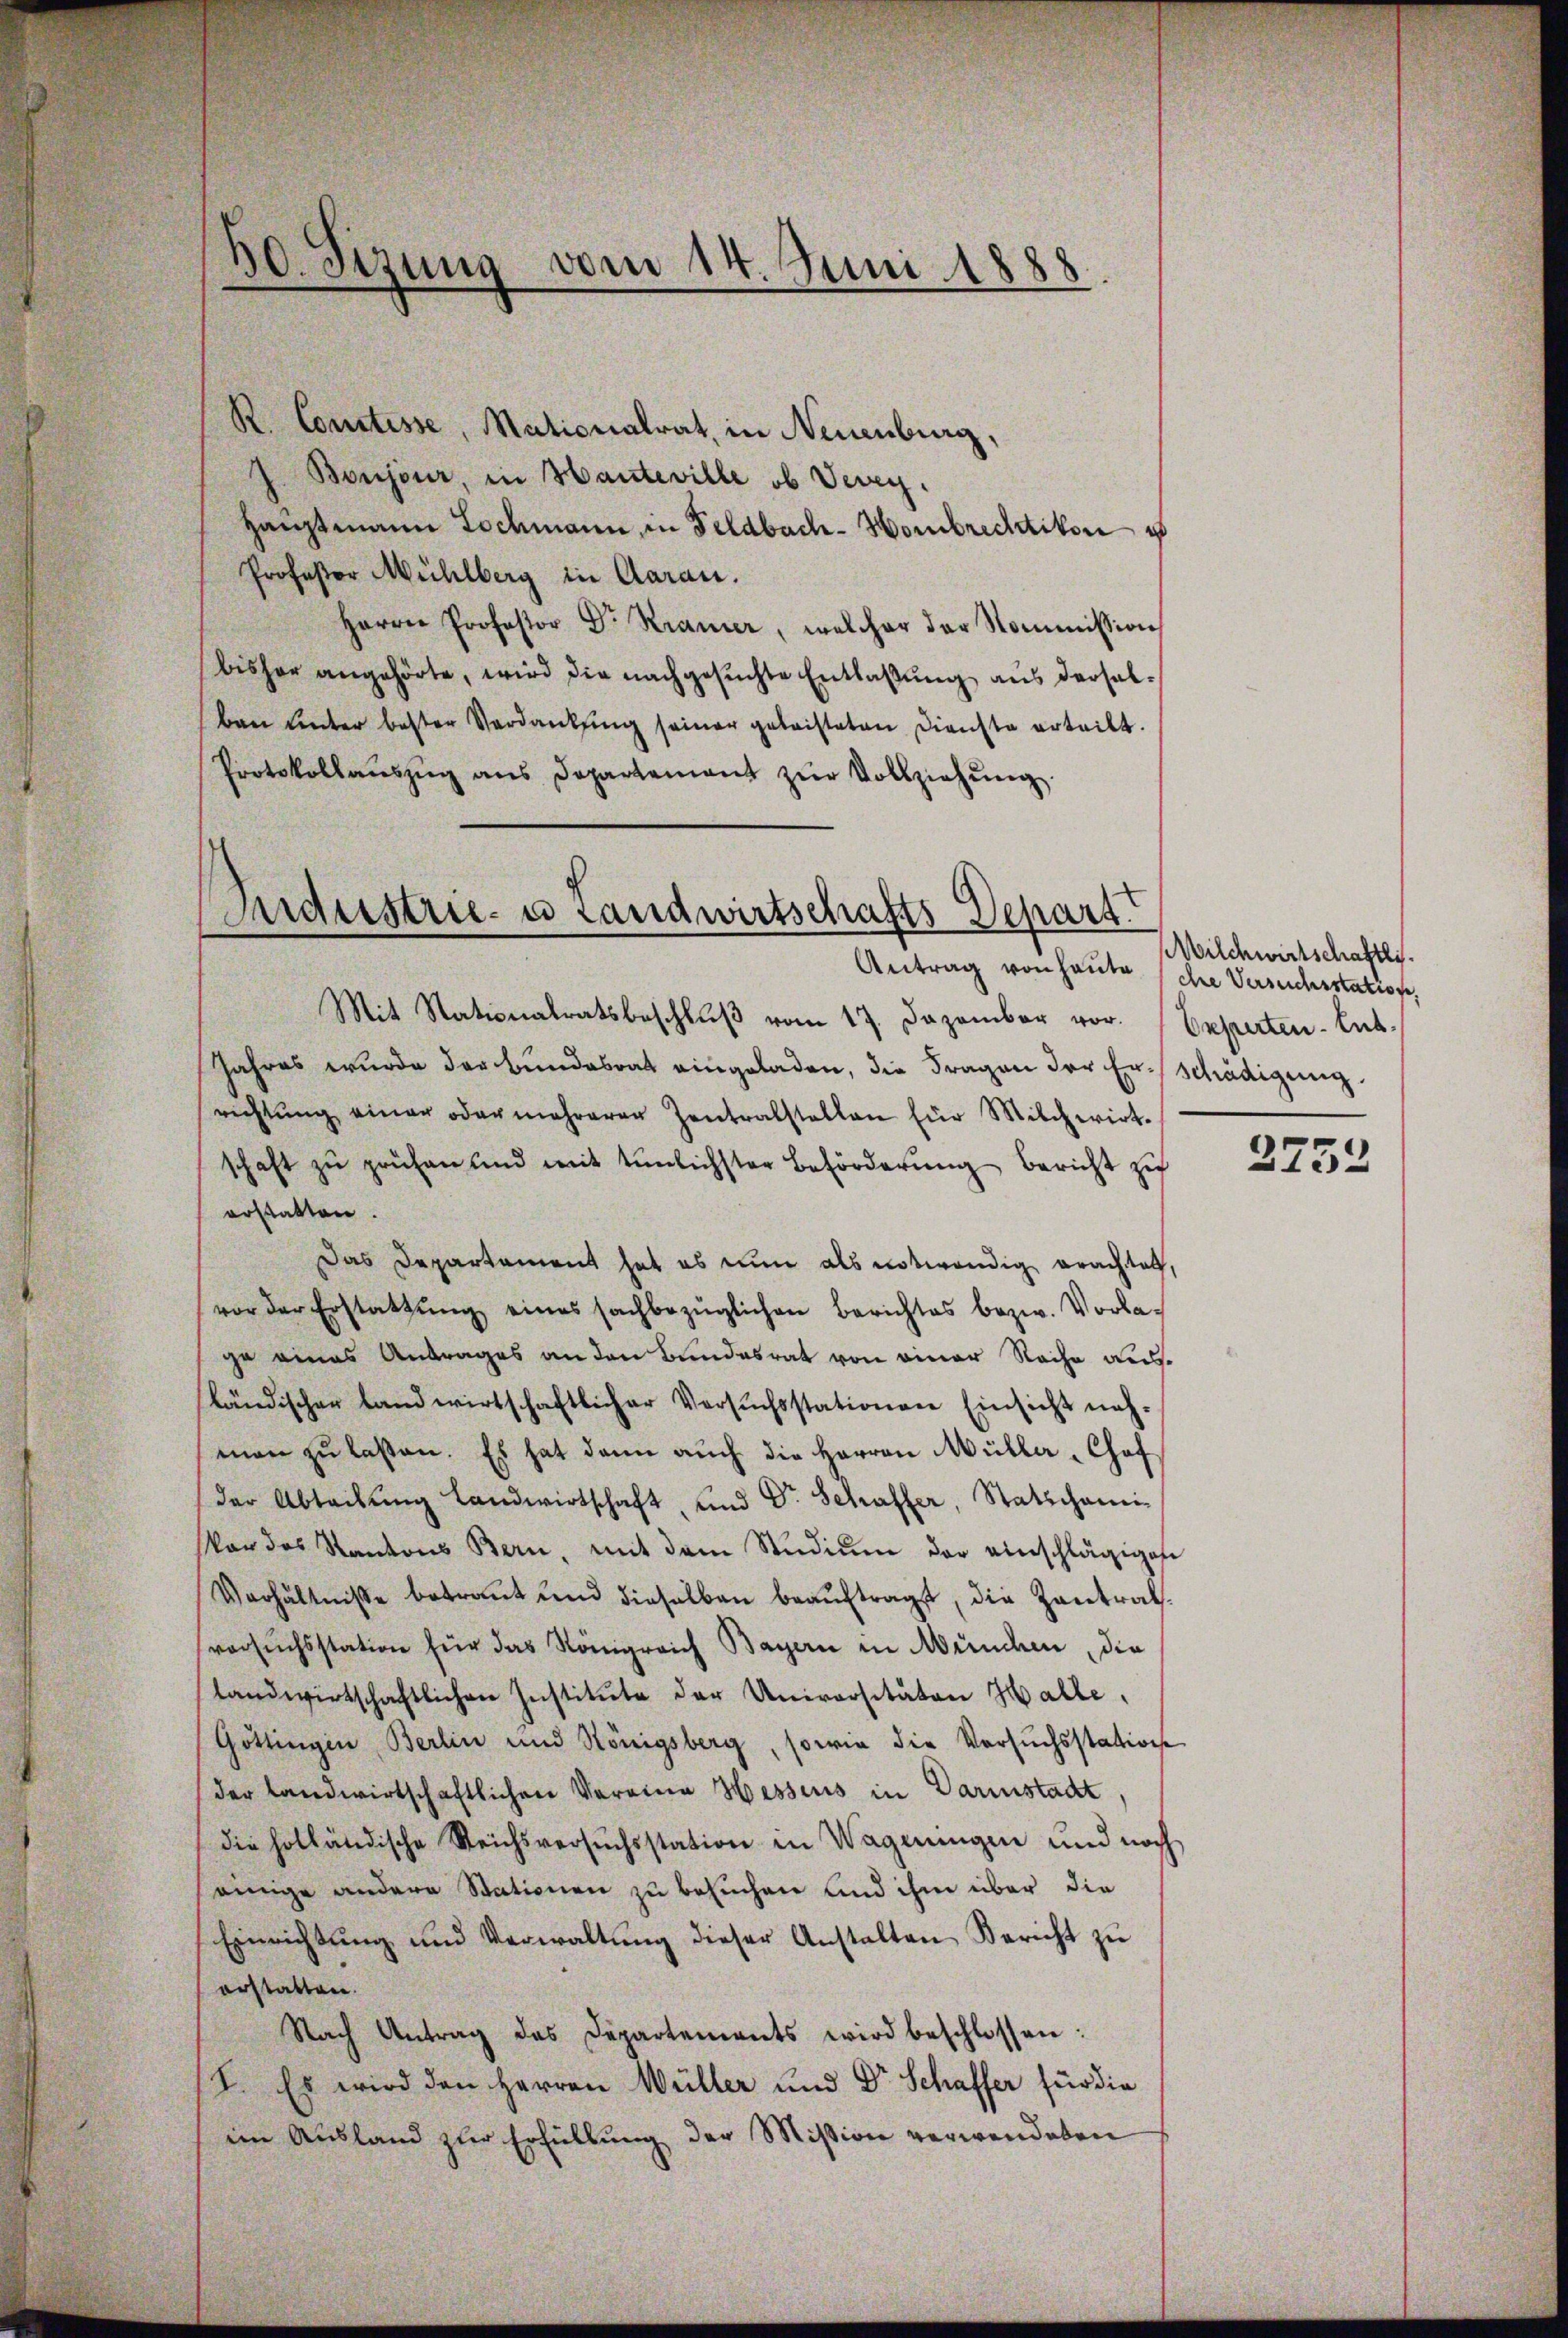
R. Courtisse, Nationalrat, in Neuenburg,
J. Boujour, in Hanteville, ob Vevey.
Hauptmann Lochmann, in Feldbach-Hombrechtikon u
Professor Mühlberg in Aarau
Herrn Professor Dr. Kramer, welcher der Kommission
bisher angehörte, wird die nachgesŭchte Entlaßung aus derselben unter bester Verdankung seiner geleisteten Dienste erteilt.
Protokollaŭszŭg ans Departement zŭr Vollziehŭng

30. Sizung vom 14. Juni 1888.

ndustrie- u Landwirtschafts-Depart
Antrag von heute sche Versuchsstation,

Mit Stationalratsbeschlŭβ vom 17. Dezember vor.
Jahres wurde der Bundesrat eingeladen, die Fragen der Er-Schädigung
richtŭng einer oder mehrerer Zentralstellen für Milchwirt-
schaft zŭ prüfen und mit tunlichster Beförderŭng bericht zu
erstatten.
Das Departement hat es nun als notwendig erachtet,
vor der Erstattŭng eines sachbezüglichen Berichtes bezw. Vorlage eines Antrages an den Bundesrat von einer Rache ausländischen Landwirtschaftlicher Versŭchsstationen Einsicht nach-
man zŭ lassen. Es hat dann auch die Herren Müller, Chof
der Abteilŭng landwirtschaft, und Dr. Schaffer, Statschani¬
Von des Kantons Bern, mit dem Stŭdiŭm der einschlägigene
Verhältnisse betraut und dieselben beaŭftragt, die Zentratversuchsstation für das Königreich Bayern in Münden, die
landwirtschaftlichen Institŭte der Universitäten Halle
Göttingen Berlin und Königsberg, sowie die Versuchsstation
der Landwirtschaftlichen Vereine Hessens in Darmstadt
die holländische Reichsversuchsstation in Wagerungen und noch
einige andere Stationen zu besuchen und ihm über die
Einrichtŭng und Verwaltŭng dieser Anstalten Bericht zu
erstatten.
Nach Antrag das Departements wird beschlossen:
I. Es wird den Herren Wüller und Dr Schaffer für die
im Ausland zur Erfüllung der Mission verwendeten

Wilchwirtschaftli
Experten - Ent¬

2752